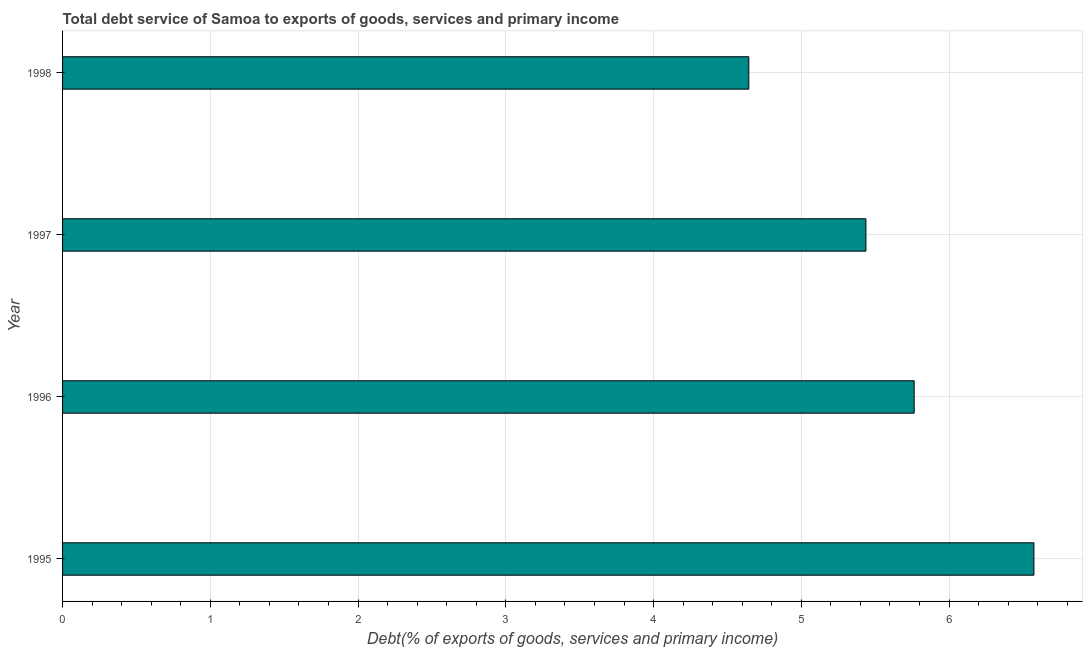
| Year | Total debt service |
 | --- | --- |
 | 1995 | 6.57 |
 | 1996 | 5.76 |
 | 1997 | 5.44 |
 | 1998 | 4.64 |